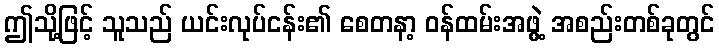
ဤသို့ဖြင့် သူသည် ယင်းလုပ်ငန်း၏ စေတနာ့ ဝန်ထမ်းအဖွဲ့ အစည်းတစ်ခုတွင်